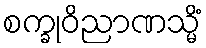
စက္ခုဝိညာဏသ္မိံ